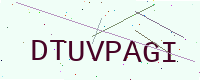
Text: DTUVPAGI